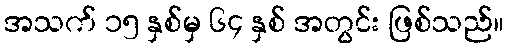
အသက် ၁၅ နှစ်မှ ၆၄ နှစ် အတွင်း ဖြစ်သည်။